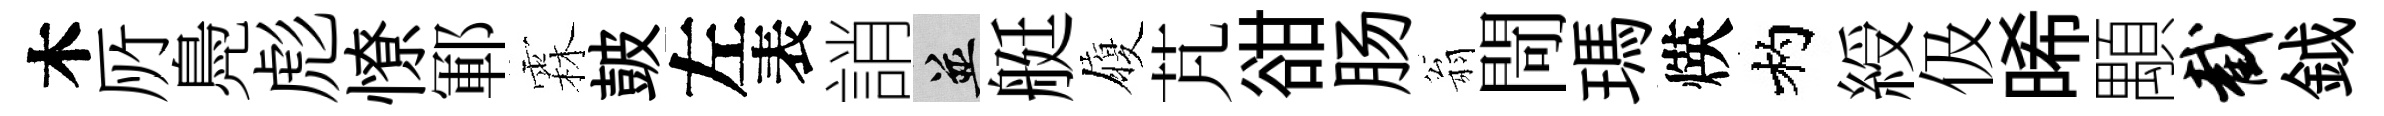
木𠩄鳧彪憭鄆霖皷左表誚并艇履芃𧮳肠翁閜瑪煐杓綬伋晞顒截鉞